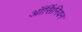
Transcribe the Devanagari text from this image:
ऑर्सिनियन